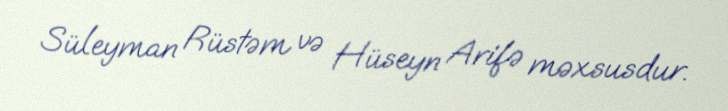
Süleyman Rüstəm və Hüseyn Arifə məxsusdur.